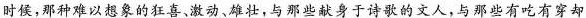
时候,那种难以想象的狂喜、激动、雄壮,与那些献身于诗歌的文人,与那些有吃有穿却